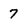
Character: 7